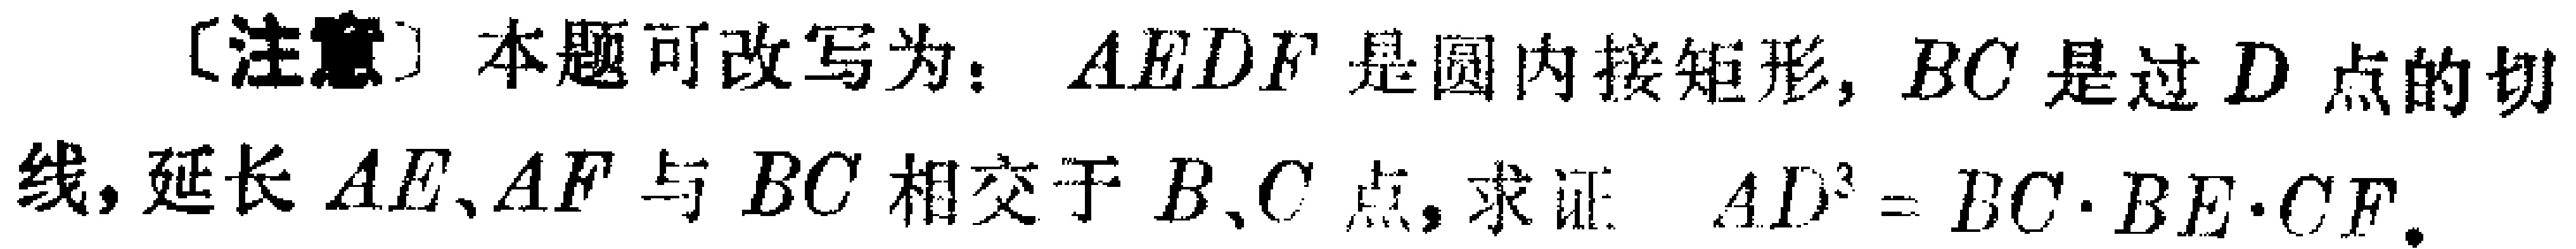
[注意] 本题可改写为：$AEDF$ 是圆内接矩形，$BC$ 是过 $D$ 点的切线，延长 $AE、AF$ 与 $BC$ 相交于 $B、C$ 点，求证：$AD^{2}=BC\cdot BE\cdot CF$。